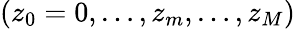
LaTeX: (z_{0}=0,\ldots,z_{m},\ldots,z_{M})